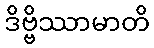
ဒိဗ္ဗိဿာမာတိ